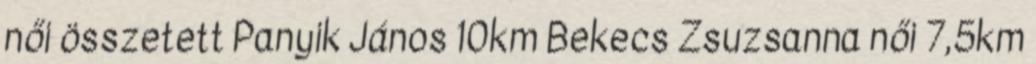
női összetett Panyik János 10km Bekecs Zsuzsanna női 7,5km